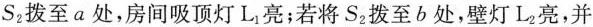
S_{2}拨至a处，房间吸顶灯L_{1}亮；若将S_{2}拨至b处，壁灯L_{2}亮，并